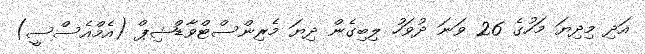
އަދި މިދިޔަ މަހުގެ 26 ވަނަ ދުވަހު ލިބިގެން ދިޔަ މެރިންސްޓްވާޑްޝިޕް (އެމްއެސްސީ)